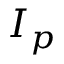
I _ { p }